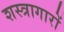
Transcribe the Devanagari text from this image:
शस्त्रागारों